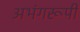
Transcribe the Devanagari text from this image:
अभंगरूपी